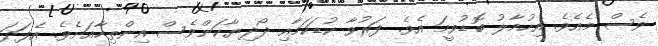
ވެސް މެއެވެ. އިހުމާލު ބޮޑުވީމަ އެވެ. ފަރުވާ ކުޑަކަމާއި ދޯދިޔާކަންވެސް އިންތިހާއަށެވެ. އެފަދަ